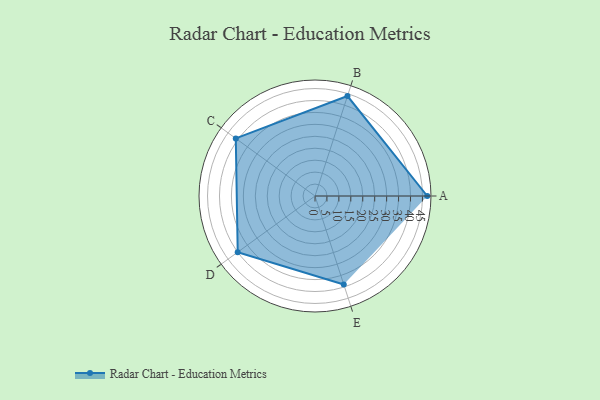
{"axis": {"x": "Skill", "y": "Score"}, "legend": ["Profile"], "data": [{"x": "A", "y": 47.0, "type": "Profile"}, {"x": "B", "y": 44.0, "type": "Profile"}, {"x": "C", "y": 41.0, "type": "Profile"}, {"x": "D", "y": 40.0, "type": "Profile"}, {"x": "E", "y": 39.0, "type": "Profile"}]}